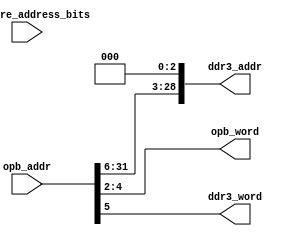
module translate_opb_addr_8words(
    input  [15:0] software_address_bits,
    input  [31:0] opb_addr, //always multiple of 4
    output [28:0] ddr3_addr,
    output [2:0]  opb_word,
    output ddr3_word   //word 0 or 1, try BL8 addressing 
);

    //declare inputs
    wire [31:0] opb_addr; //opb_addr will only be a multiple of 4
    // BL8 requires an address skip by 8 bits
    wire [15:0] software_address_bits; //do nothing with this yet
    
    //declare outputs
    reg [28:0] ddr3_addr; //2^29 addressable addresses
    reg [2:0]  opb_word; // 3 bits only, count W0 to W7 = 8
    reg ddr3_word;

    // for each opb_addr, read a whole word
    always @ (*) begin
       opb_word = opb_addr[4:2]; // counts 0 to 15 words in ddr3 address space
       ddr3_addr = {opb_addr[31:6],3'b0};  //must always be a multiple of 4, hence 2'b0 at end
       ddr3_word = opb_addr[5]; 
       //0,4,8,12,16,20,24,28 map to D0W0-D0W7, 
       //32,36,40,44,48,50,54,58,12,20 map to 1
    end
endmodule